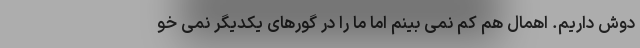
دوش داریم. اهمال هم کم نمی بینم اما ما را در گورهای یکدیگر نمی خو